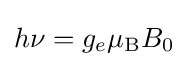
h\nu =g_{e}\mu _{\text{B}}B_{0}